Leaving Certificate Examination, 1906
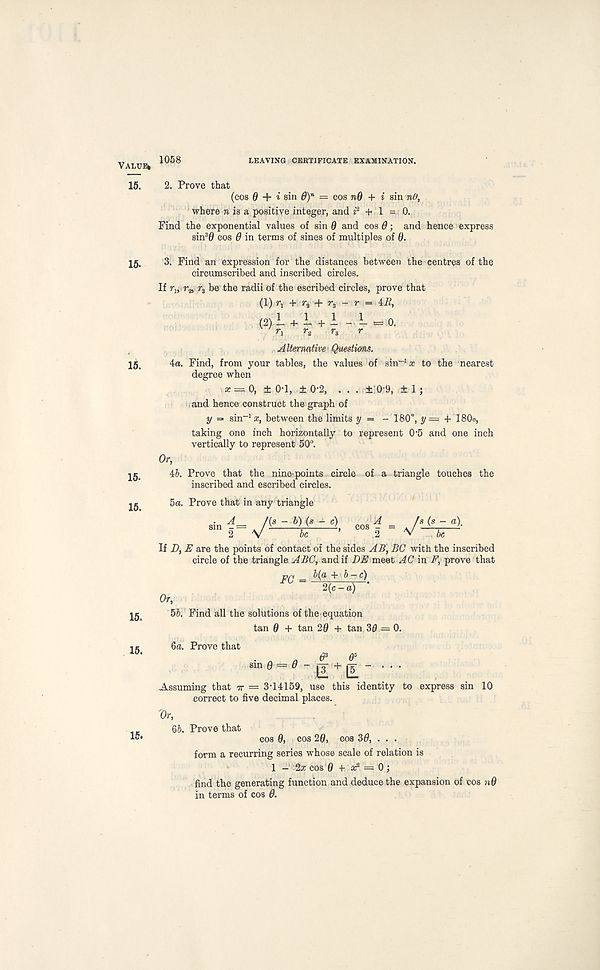
Valuer
15.
15-
15.
15.
15.
15.
15.
15.
1058
LEAVING CERTIFICATE EXAMINATION.
2. Prove that (cos 0 + i sin 6) n = cos n0 + i sin n(f,
where n is a positive integer, and i 2 + 1 = 0.
Find the exponential values of sin 0 and cos 6; and hence express
sin 3 0 cos 0 in terms of sines of multiples of 0.
3. Find an expression for the distances between the centres of the
circumscribed and inscribed circles.
If Tj, r* r 3 be the radii of the escribed circles, prove that
(1) r T + ?$ + r 3 - r = 4J?,
v 1 . 1 . 1 1
(2)
- = 0.
A Uermtive Questions.
4a. Find, from your tables, the values of sin" 1 x to the nearest
degree when
x = 0, ±0-1, ±0-2, . . . ± 0-9, ±1;
and hence construct the graph of
y =» sin -1 x, between the limits y = - 180°, y= + 180o,
taking one inch horizontally to represent O’S and one inch
vertically to represent 50°.
r,
46. Prove that the nine-points circle of a triangle touches the
inscribed and escribed circles.
5a. Prove that in any triangle
s in 4= /(« -*>)<*- *)
= /* (« - «)•
2 V
be
’
2
be
If D, E are the points of contact of the sides AB\ BC with the inscribed
circle of the triangle ABC, and if DE meet AC in F, prove that
FC = +h~c )
2{c-a) '
Or,
56. Find all the solutions Of the equation
tan 0 + tan 20 + tan 30 — 0.
ба. Prove that
•on P 05
sin 0 = 0 " g + ji " • • ‘
Assuming that -tt = 3-14159, use this identity to express sin 10
correct to five decimal places.
Qr,
бб. Prove that cos 0, cos 20, cos 30, . . .
form a recurring series whose scale of relation is
1 - 2x cos 0 -l - as 2 = 0;
find the generating function and deduce the expansion of cos n0
in terms of cos 0.